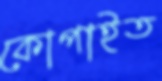
কোপাইত